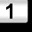
Digit: 1